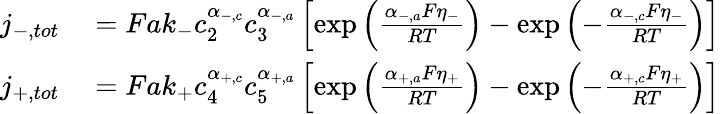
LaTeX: \begin{array}{rl}{j_{-,tot}}&{{}=Fak_{-}c_{2}^{\alpha_{-,c}}c_{3}^{\alpha_{-,a}}\left[\exp\left(\frac{\alpha_{-,a}F\eta_{-}}{RT}\right)-\exp\left(-\frac{\alpha_{-,c}F\eta_{-}}{RT}\right)\right]}\\ {j_{+,tot}}&{{}=Fak_{+}c_{4}^{\alpha_{+,c}}c_{5}^{\alpha_{+,a}}\left[\exp\left(\frac{\alpha_{+,a}F\eta_{+}}{RT}\right)-\exp\left(-\frac{\alpha_{+,c}F\eta_{+}}{RT}\right)\right]}\end{array}